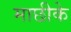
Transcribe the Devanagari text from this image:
माछीके